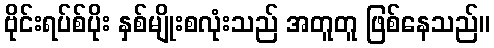
ဗိုင်းရပ်စ်ပိုး နှစ်မျိုးစလုံးသည် အတူတူ ဖြစ်နေသည်။